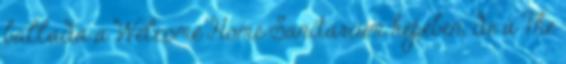
ballada a Welcome Home Sanitarium képében, de a The